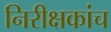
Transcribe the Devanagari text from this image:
निरीक्षकांच